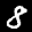
Label: 8